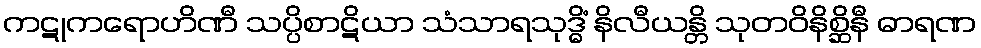
ကဋုကရောဟိဏီ သပ္ပိစာဋိယာ သံသာရသုဒ္ဓိံ နိလီယန္တိ သုတဝိနိစ္ဆိနီ ဓာရဏ